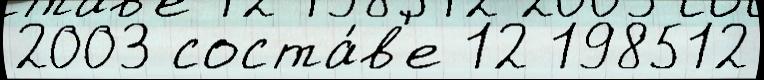
2003 соста́в'е 12 198512